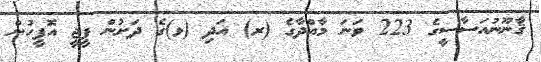
ޤާނޫނުއަސާސީގެ 223 ވަނަ މާއްދާގެ (ރ) އަދި (ޅ)ގެ ދަށުން ޕީޖީ އޮފީހުން